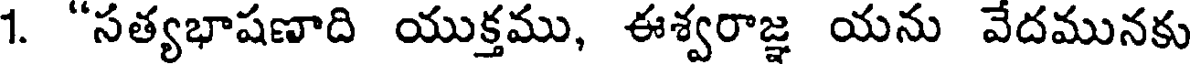
1. "సత్యభాషణాది యుక్తము, ఈశ్వరాజ్ఞ యను వేదమునకు